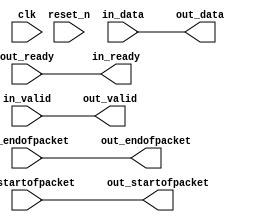
// --------------------------------------------------------------------------------
//| Avalon Streaming Data Format Adapter
// --------------------------------------------------------------------------------

`timescale 1ns / 100ps
module DE1_SoC_QSYS_data_format_adapter_IN (
    
      // Interface: clk
      input              clk,
      // Interface: reset
      input              reset_n,
      // Interface: in
      output reg         in_ready,
      input              in_valid,
      input      [23: 0] in_data,
      input              in_startofpacket,
      input              in_endofpacket,
      // Interface: out
      input              out_ready,
      output reg         out_valid,
      output reg [23: 0] out_data,
      output reg         out_startofpacket,
      output reg         out_endofpacket
);



   always @* begin
      in_ready = out_ready;
      out_valid = in_valid;
      out_data = in_data;
      out_startofpacket = in_startofpacket;
      out_endofpacket = in_endofpacket;


   end

endmodule